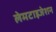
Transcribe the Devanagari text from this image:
लेमटाइजेशन